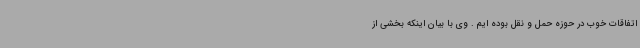
اتفاقات خوب در حوزه حمل و نقل بوده ایم . وی با بیان اینکه بخشی از